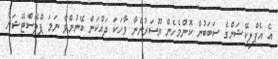
އެ އެޕްލިކޭޝަންގެ ސަބަބުން ކޮންމެހެން ޔޫސަރުންނާ ވާހަކަ ދައްކަން ބޭނުންވާ ނަމަ ޕްލޭސްޓޭޝަން